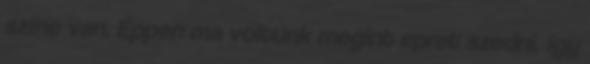
színe van. Éppen ma voltunk megint epret szedni, így